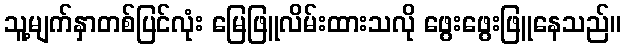
သူ့မျက်နှာတစ်ပြင်လုံး မြေဖြူလိမ်းထားသလို ဖွေးဖွေးဖြူနေသည်။